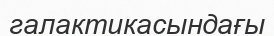
галактикасындағы